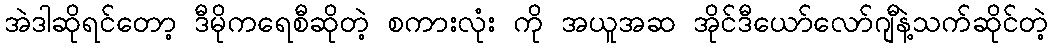
အဲဒါဆိုရင်တော့ ဒီမိုကရေစီဆိုတဲ့ စကားလုံး ကို အယူအဆ အိုင်ဒီယော်လော်ဂျီနဲ့သက်ဆိုင်တဲ့